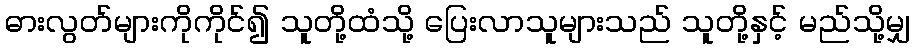
ဓားလွတ်များကိုကိုင်၍ သူတို့ထံသို့ ပြေးလာသူများသည် သူတို့နှင့် မည်သို့မျှ